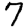
Digit: 7